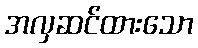
အလှဆင်ထားသော